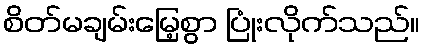
စိတ်မချမ်းမြေ့စွာ ပြုံးလိုက်သည်။